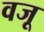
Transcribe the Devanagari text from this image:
वजू